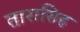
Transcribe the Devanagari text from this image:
तारासिह